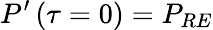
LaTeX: P^{\prime}\left(\tau=0\right)=P_{RE}